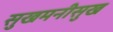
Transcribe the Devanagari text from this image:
सुखमनीसुख